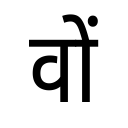
OCR:
वों